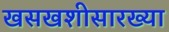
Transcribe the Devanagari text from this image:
खसखशीसारख्या